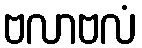
ဗလာဗလံ